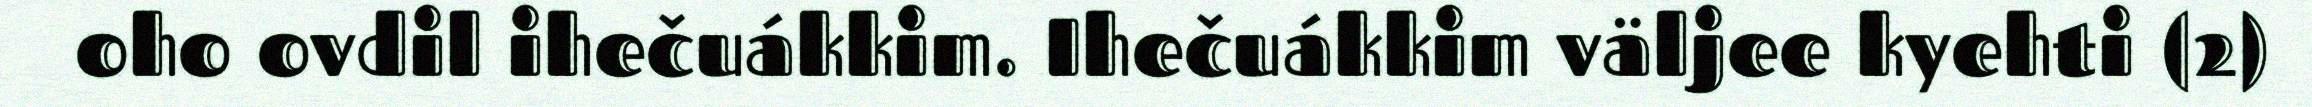
oho ovdil ihečuákkim. Ihečuákkim väljee kyehti (2)